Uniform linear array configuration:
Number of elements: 48
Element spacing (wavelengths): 0.5
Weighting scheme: cosine
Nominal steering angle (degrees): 60
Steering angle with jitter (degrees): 59.188
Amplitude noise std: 0.05
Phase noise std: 0.05

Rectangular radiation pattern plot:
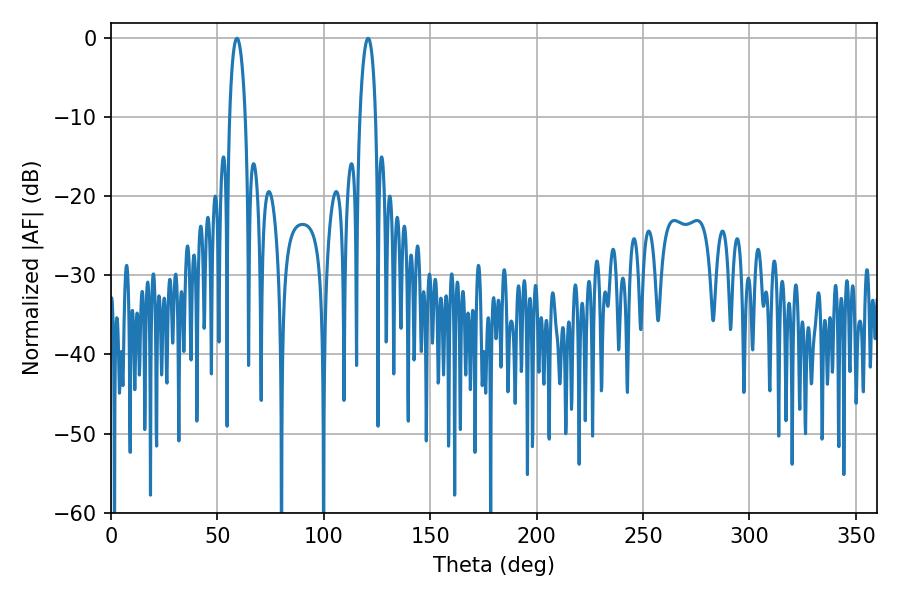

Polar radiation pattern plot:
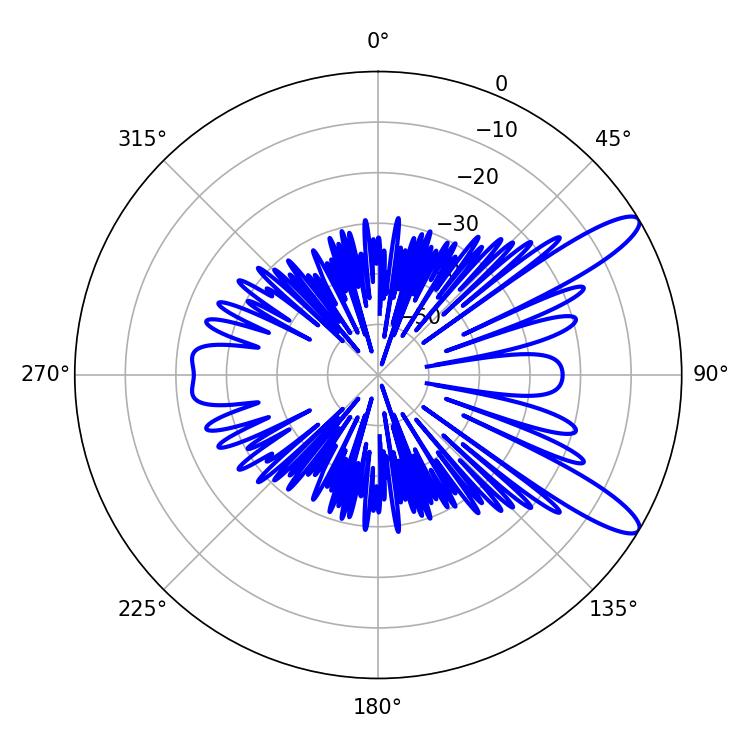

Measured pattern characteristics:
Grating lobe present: FALSE
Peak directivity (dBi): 11.597
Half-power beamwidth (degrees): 4.14
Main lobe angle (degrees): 59.22